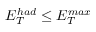
E _ { T } ^ { h a d } \leq E _ { T } ^ { m a x }